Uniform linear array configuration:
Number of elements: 8
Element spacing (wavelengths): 0.75
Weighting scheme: binomial
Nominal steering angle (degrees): -45
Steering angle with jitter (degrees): -43.85
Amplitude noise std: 0.05
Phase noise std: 0.05

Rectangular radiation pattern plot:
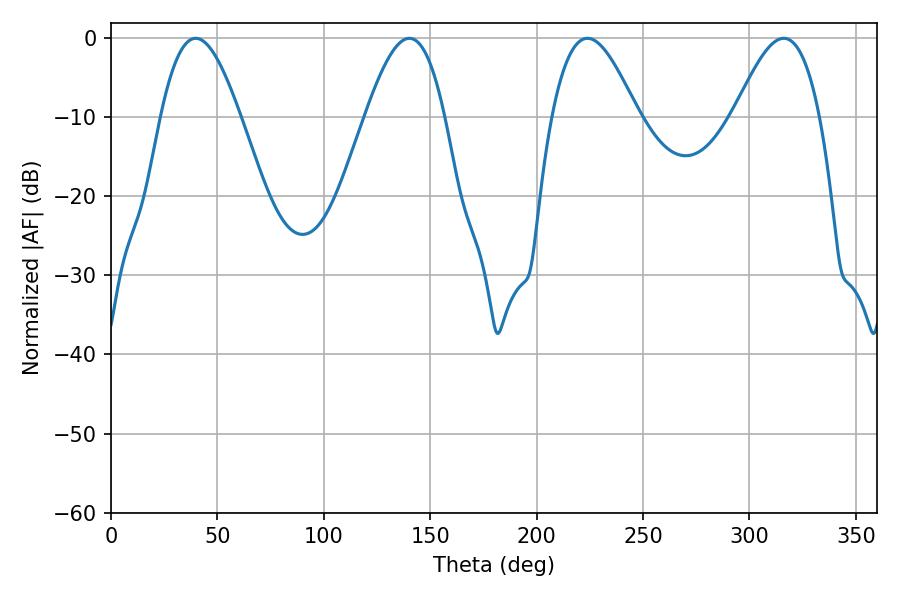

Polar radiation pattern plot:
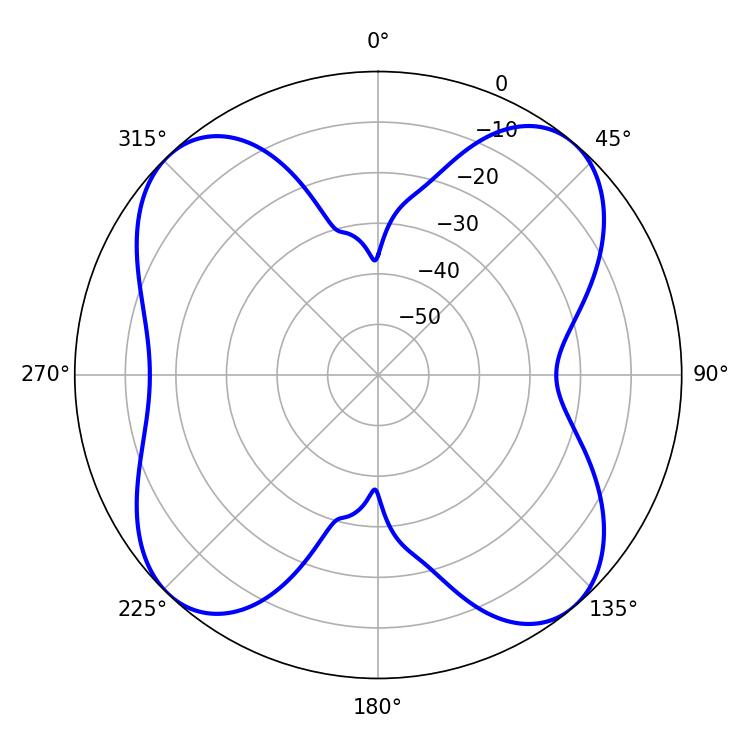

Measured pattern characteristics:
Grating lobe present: TRUE
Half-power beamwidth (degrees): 20.16
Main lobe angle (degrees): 39.78